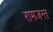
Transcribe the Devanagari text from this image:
रामजन्त